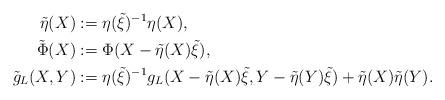
LaTeX: \begin{align*}\tilde{\eta}(X) &:=\eta(\tilde{\xi})^{-1} \eta(X),\\\tilde{\Phi}(X) &:= \Phi(X - \tilde{\eta}(X)\tilde{\xi}),\\\tilde{g}_L(X,Y) &:= \eta(\tilde{\xi})^{-1}g_L(X-\tilde{\eta}(X)\tilde{\xi},Y-\tilde{\eta}(Y)\tilde{\xi}) + \tilde{\eta}(X)\tilde{\eta}(Y).\end{align*}